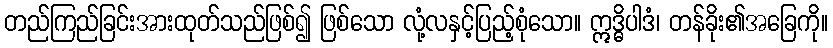
တည်ကြည်ခြင်းအားထုတ်သည်ဖြစ်၍ ဖြစ်သော လုံ့လနှင့်ပြည့်စုံသော။ ဣဒ္ဓိပါဒံ၊ တန်ခိုး၏အခြေကို။